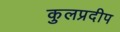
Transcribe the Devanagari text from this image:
कुलप्रदीप